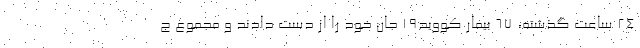
۲۴ ساعت گذشته، ۶۷ بیمار کووید۱۹ جان خود را از دست دادند و مجموع ج